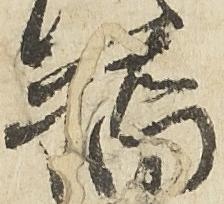
橋